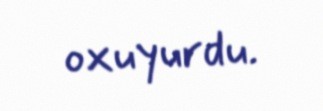
oxuyurdu.